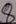
Text: 8